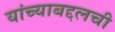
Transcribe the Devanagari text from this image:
यांच्याबद्दलची